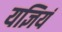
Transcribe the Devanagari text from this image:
यज्ञियं